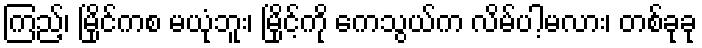
ကြည့်၊ မြိုင်ကစ မယုံဘူး၊ မြိုင့်ကို ကေသွယ်က လိမ်ပါ့မလား၊ တစ်ခုခု